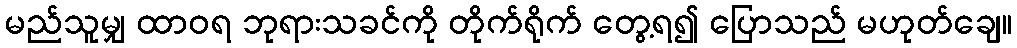
မည်သူမျှ ထာဝရ ဘုရားသခင်ကို တိုက်ရိုက် တွေ့ရ၍ ပြောသည် မဟုတ်ချေ။